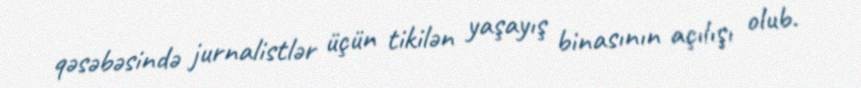
qəsəbəsində jurnalistlər üçün tikilən yaşayış binasının açılışı olub.